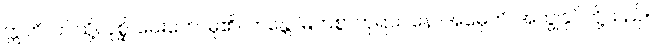
ဣတိ၊ ဤသို့။ ပုစ္ဆိ၊ မေးတော်မူ၏။ ဘန္တေ၊ မြတ်စွာဘုရား။ နောအမှေဟိ၊ အကျွန်ုပ်တို့သည်။